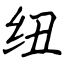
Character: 纽